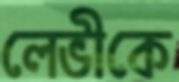
লেভীকে